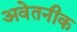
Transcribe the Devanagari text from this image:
अवेतनीक